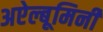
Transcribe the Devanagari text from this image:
अऐल्बूमिनी